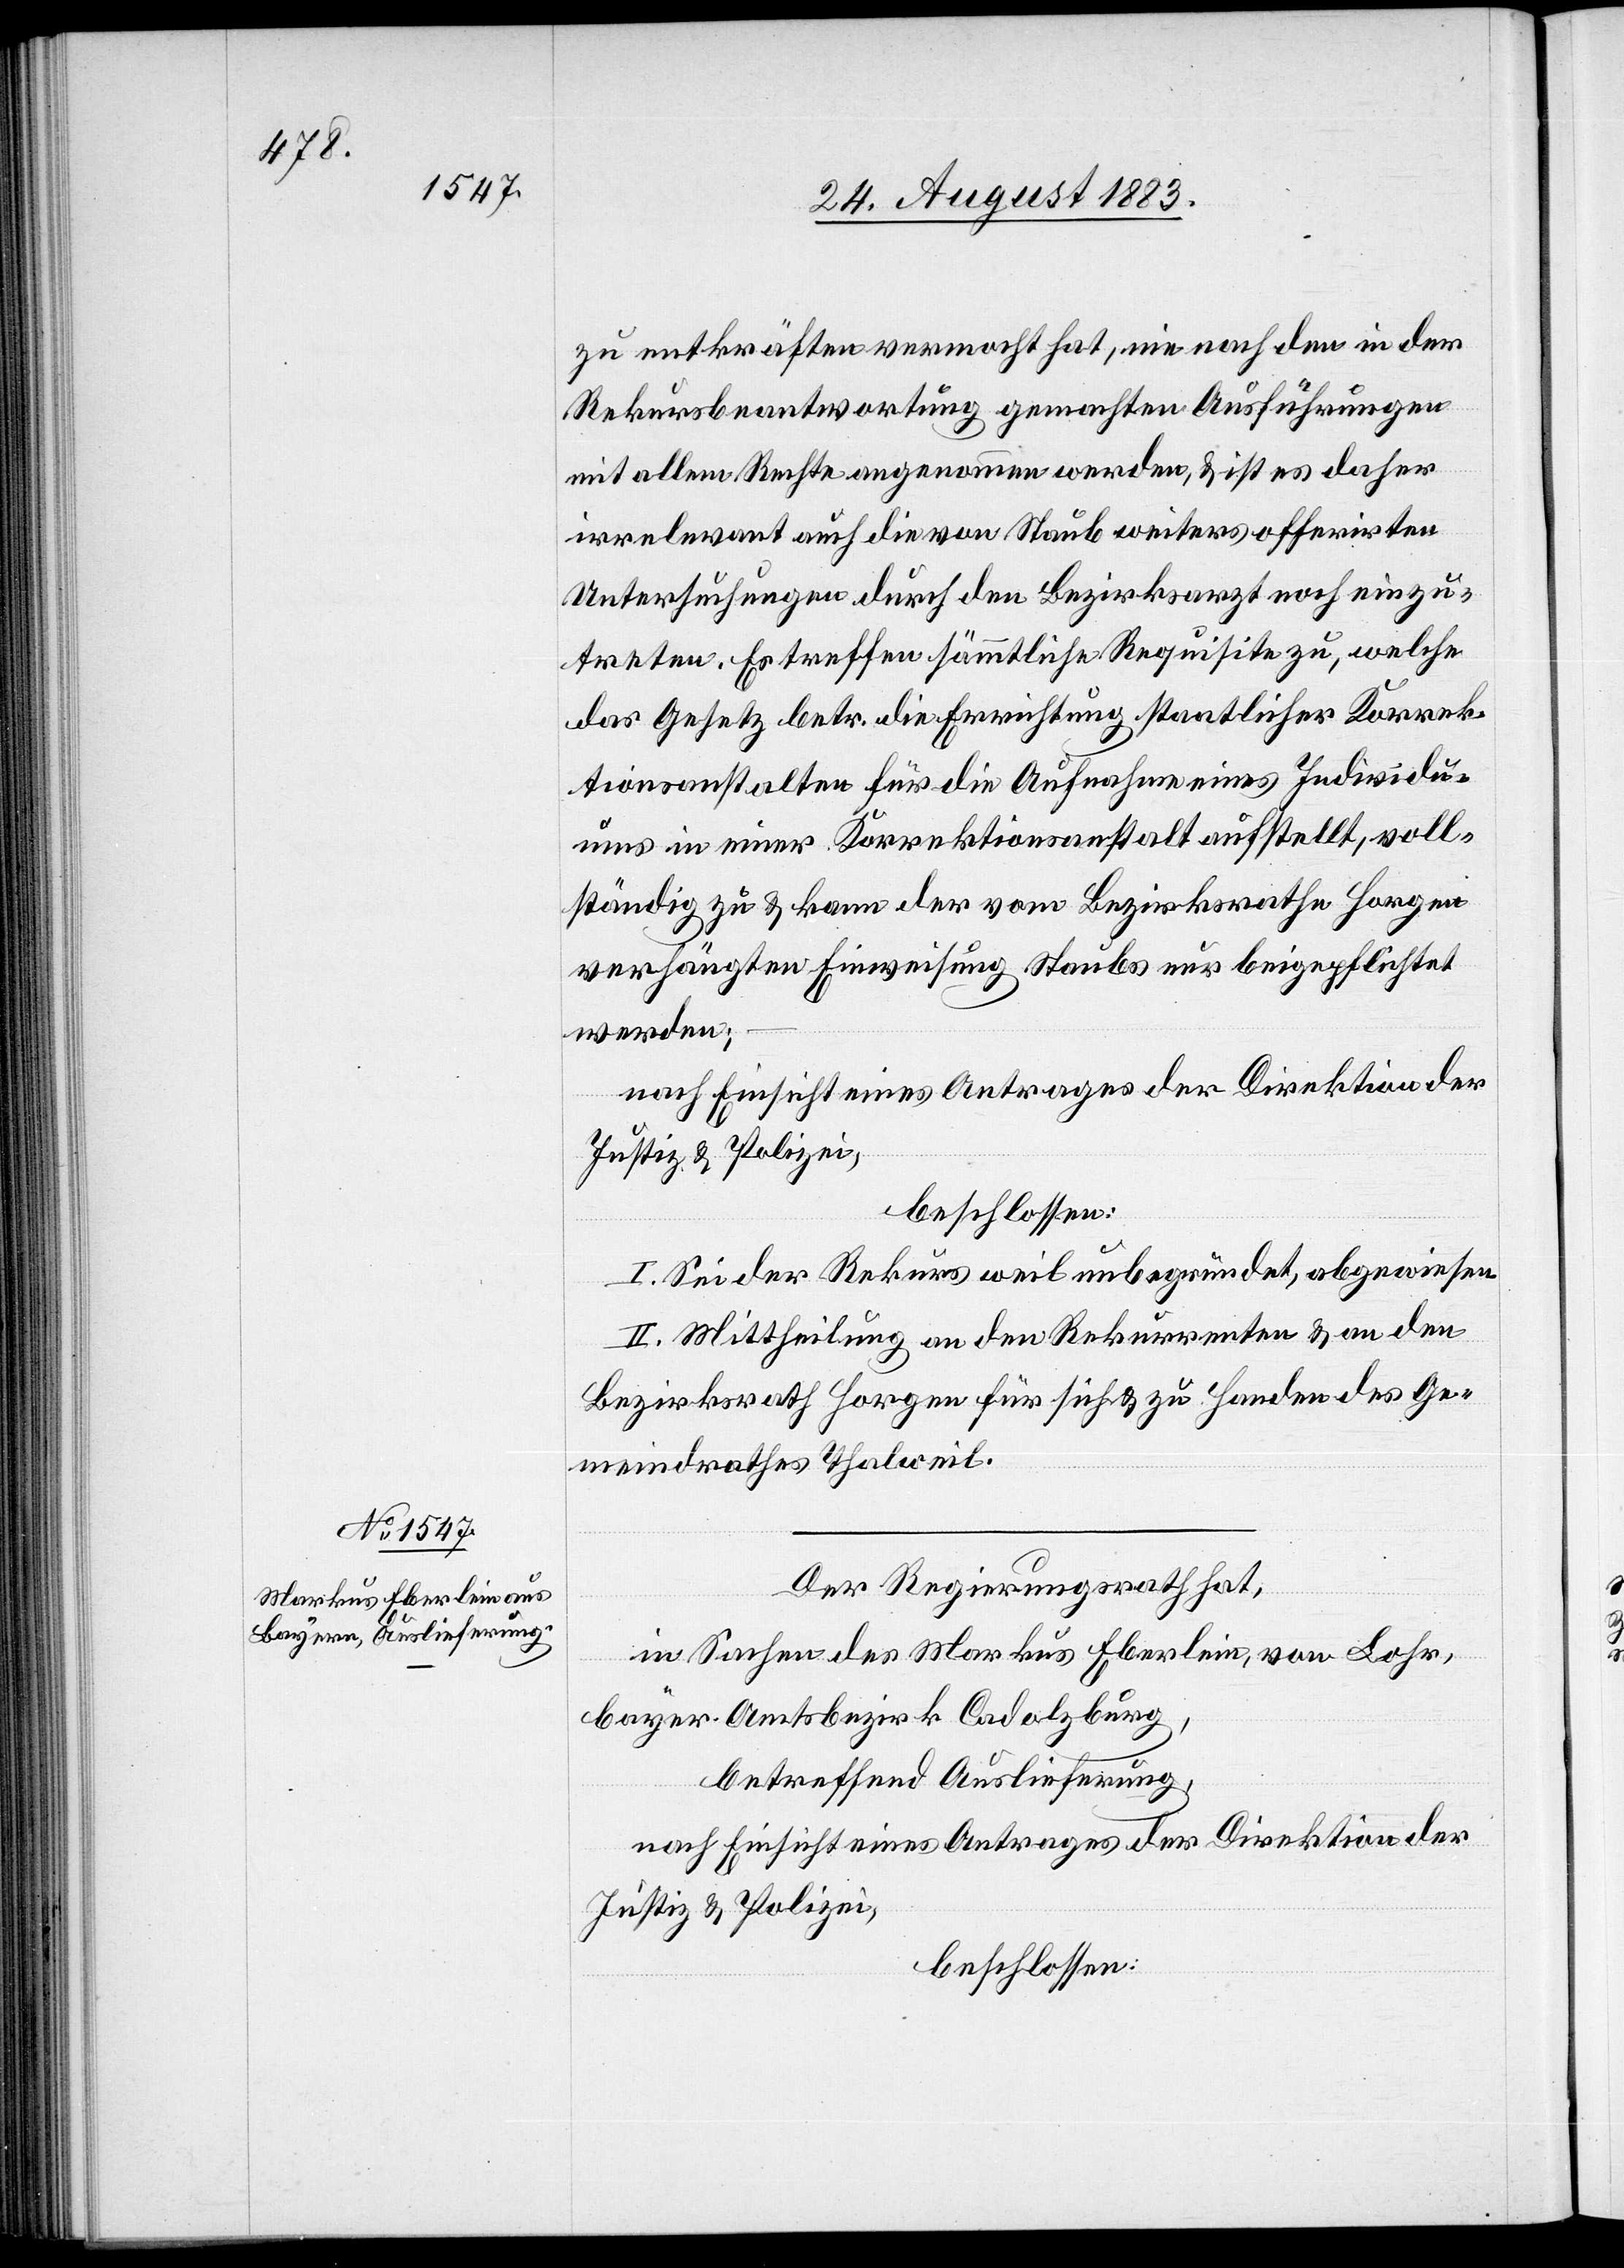
zu entkräften vermocht hat, nie [recte: wie] nach den in der
Rekursbeantwortung gemachten Ausführungen
mit allem Rechte angenommen werden, & ist es daher
[recte: auf] die von Staub weiters offerirten
Untersuchungen durch den Bezirksarzt noch einzu¬
treten. Es treffen sämmtliche Requisite zu, welche
das Gesetz betr. die Errichtung staatlicher Korrek¬
tionsanstalten für die Aufnahme eines Individu¬
ums in einer Korrektionsanstalt aufstellt, voll¬
ständig zu & kann der vom Bezirksrathe Horgen
verhängten Einweisung Staubs nur beigepflichtet
werden;
nach Einsicht eines Antrages der Direktion der
Justiz & Polizei,
beschlossen:
I. Sei der Rekurs weil unbegründet, abgewiesen.
II. Mittheilung an den Rekurrenten & an den
Bezirksrath Horgen für sich & zu Handen des Ge¬
meindrathes Thalweil.
Der Regierungsrath hat,
in Sachen des Markus Eberlein, von Lohr,
bayer. Amtsbezirk Cadolzburg,
betreffend Auslieferung,
nach Einsicht eines Antrages der Direktion der
Justiz & Polizei,
beschlossen: